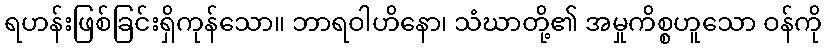
ရဟန်းဖြစ်ခြင်းရှိကုန်သော။ ဘာရဝါဟိနော၊ သံဃာတို့၏ အမှုကိစ္စဟူသော ဝန်ကို